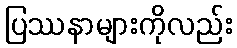
ပြဿနာများကိုလည်း